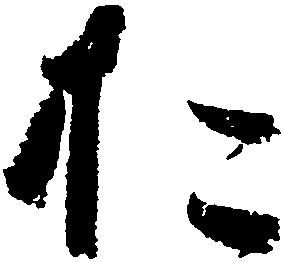
お